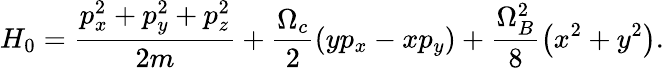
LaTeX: H_{0}=\frac{p_{x}^{2}+p_{y}^{2}+p_{z}^{2}}{2m}+\frac{\Omega_{c}}{2}\left(yp_{x}-xp_{y}\right)+\frac{\Omega_{B}^{2}}{8}\left(x^{2}+y^{2}\right).